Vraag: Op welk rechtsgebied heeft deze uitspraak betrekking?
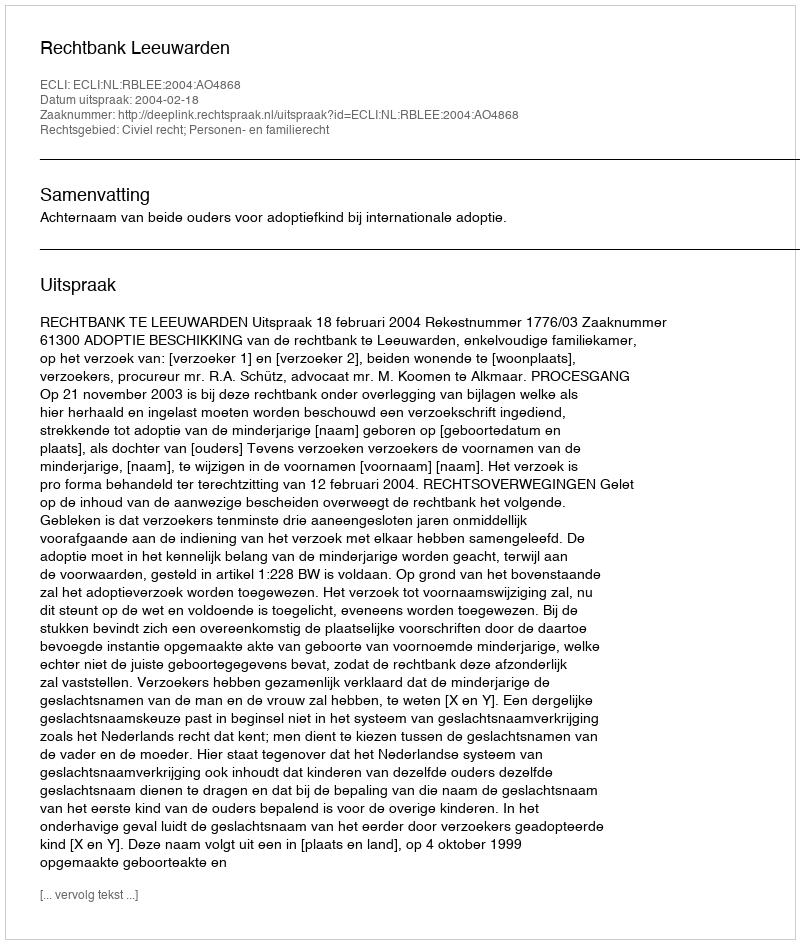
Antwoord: Civiel recht; Personen- en familierecht